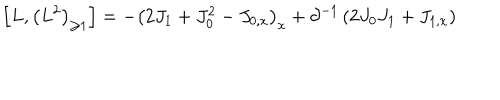
\left[ L , \left( L ^ { 2 } \right) _ { \geq 1 } \right] = - \left( 2 J _ { 1 } + J _ { 0 } ^ { 2 } - J _ { 0 , x } \right) _ { x } + \partial ^ { - 1 } \left( 2 J _ { 0 } J _ { 1 } + J _ { 1 , x } \right)